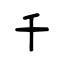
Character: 千